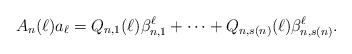
LaTeX: \begin{align*}A_n(\ell)a_{\ell}=Q_{n,1}(\ell)\beta_{n,1}^{\ell}+\cdots+Q_{n,s(n)}(\ell)\beta_{n,s(n)}^{\ell}.\end{align*}